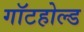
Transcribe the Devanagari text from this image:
गॉटहोल्ड